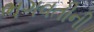
ભગવતીની